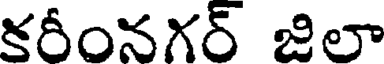
కరీంనగర్ జిలా